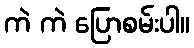
ကဲ ကဲ ပြောစမ်းပါ။